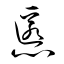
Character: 慝